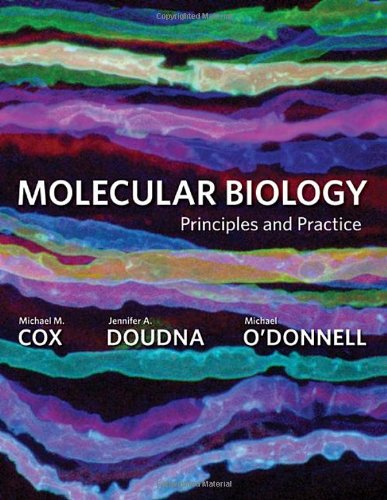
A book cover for Molecular Biology: Principles and Practice; Michael M. Cox; Science & Math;